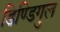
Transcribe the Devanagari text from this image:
डिण्डिगुल